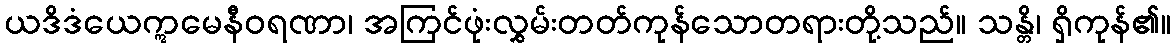
ယဒိဒံယေဣမေနီဝရဏာ၊ အကြင်ဖုံးလွှမ်းတတ်ကုန်သောတရားတို့သည်။ သန္တိ၊ ရှိကုန်၏။